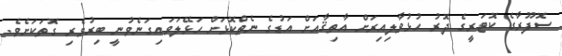
ސޮފޫރާގެ ކޮޓަރީގެ ދޮރު ހުޅުވާލިއިރަށް އާތިޤާއަށް އަޑުގެ ނެތްކޮޅަށް ހަޅޭލަވައިގަނެވުނީ ބިރުވެރި ގޮތަކަށެވެ.